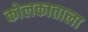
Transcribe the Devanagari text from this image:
कोलकाताला